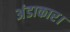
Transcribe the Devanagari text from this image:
अंडाकार।